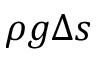
\rho g \Delta s